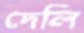
দেলি